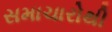
સમાચારોથી